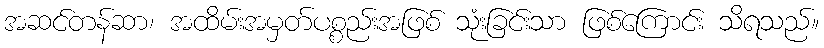
အဆင်တန်ဆာ၊ အထိမ်းအမှတ်ပစ္စည်းအဖြစ် သုံးခြင်းသာ ဖြစ်ကြောင်း သိရသည်။